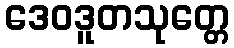
ဒေဝဒူတသုတ္တေ